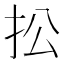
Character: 𢪌